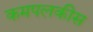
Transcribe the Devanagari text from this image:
कमपलकीस